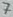
Text: 7